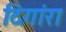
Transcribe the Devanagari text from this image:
दिगांरा